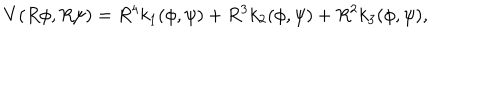
LaTeX: V ( R \phi , R \psi ) = R ^ { 4 } k _ { 1 } ( \phi , \psi ) + R ^ { 3 } k _ { 2 } ( \phi , \psi ) + R ^ { 2 } k _ { 3 } ( \phi , \psi ) ,